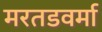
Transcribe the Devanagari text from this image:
मरतडवर्मा